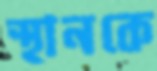
স্থানকে